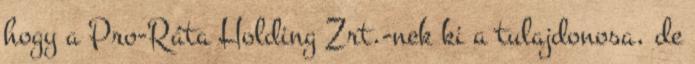
hogy a Pro-Ráta Holding Zrt.-nek ki a tulajdonosa, de